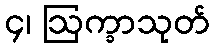
၄၊ ဩက္ခာသုတ်